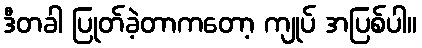
ဒီတခါ ပြုတ်ခဲ့တာကတော့ ကျုပ် အပြစ်ပါ။